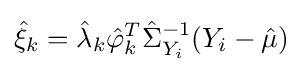
{\hat {\xi }}_{k}={\hat {\lambda }}_{k}{\hat {\varphi }}_{k}^{T}{\hat {\Sigma }}_{Y_{i}}^{-1}(Y_{i}-{\hat {\mu }})